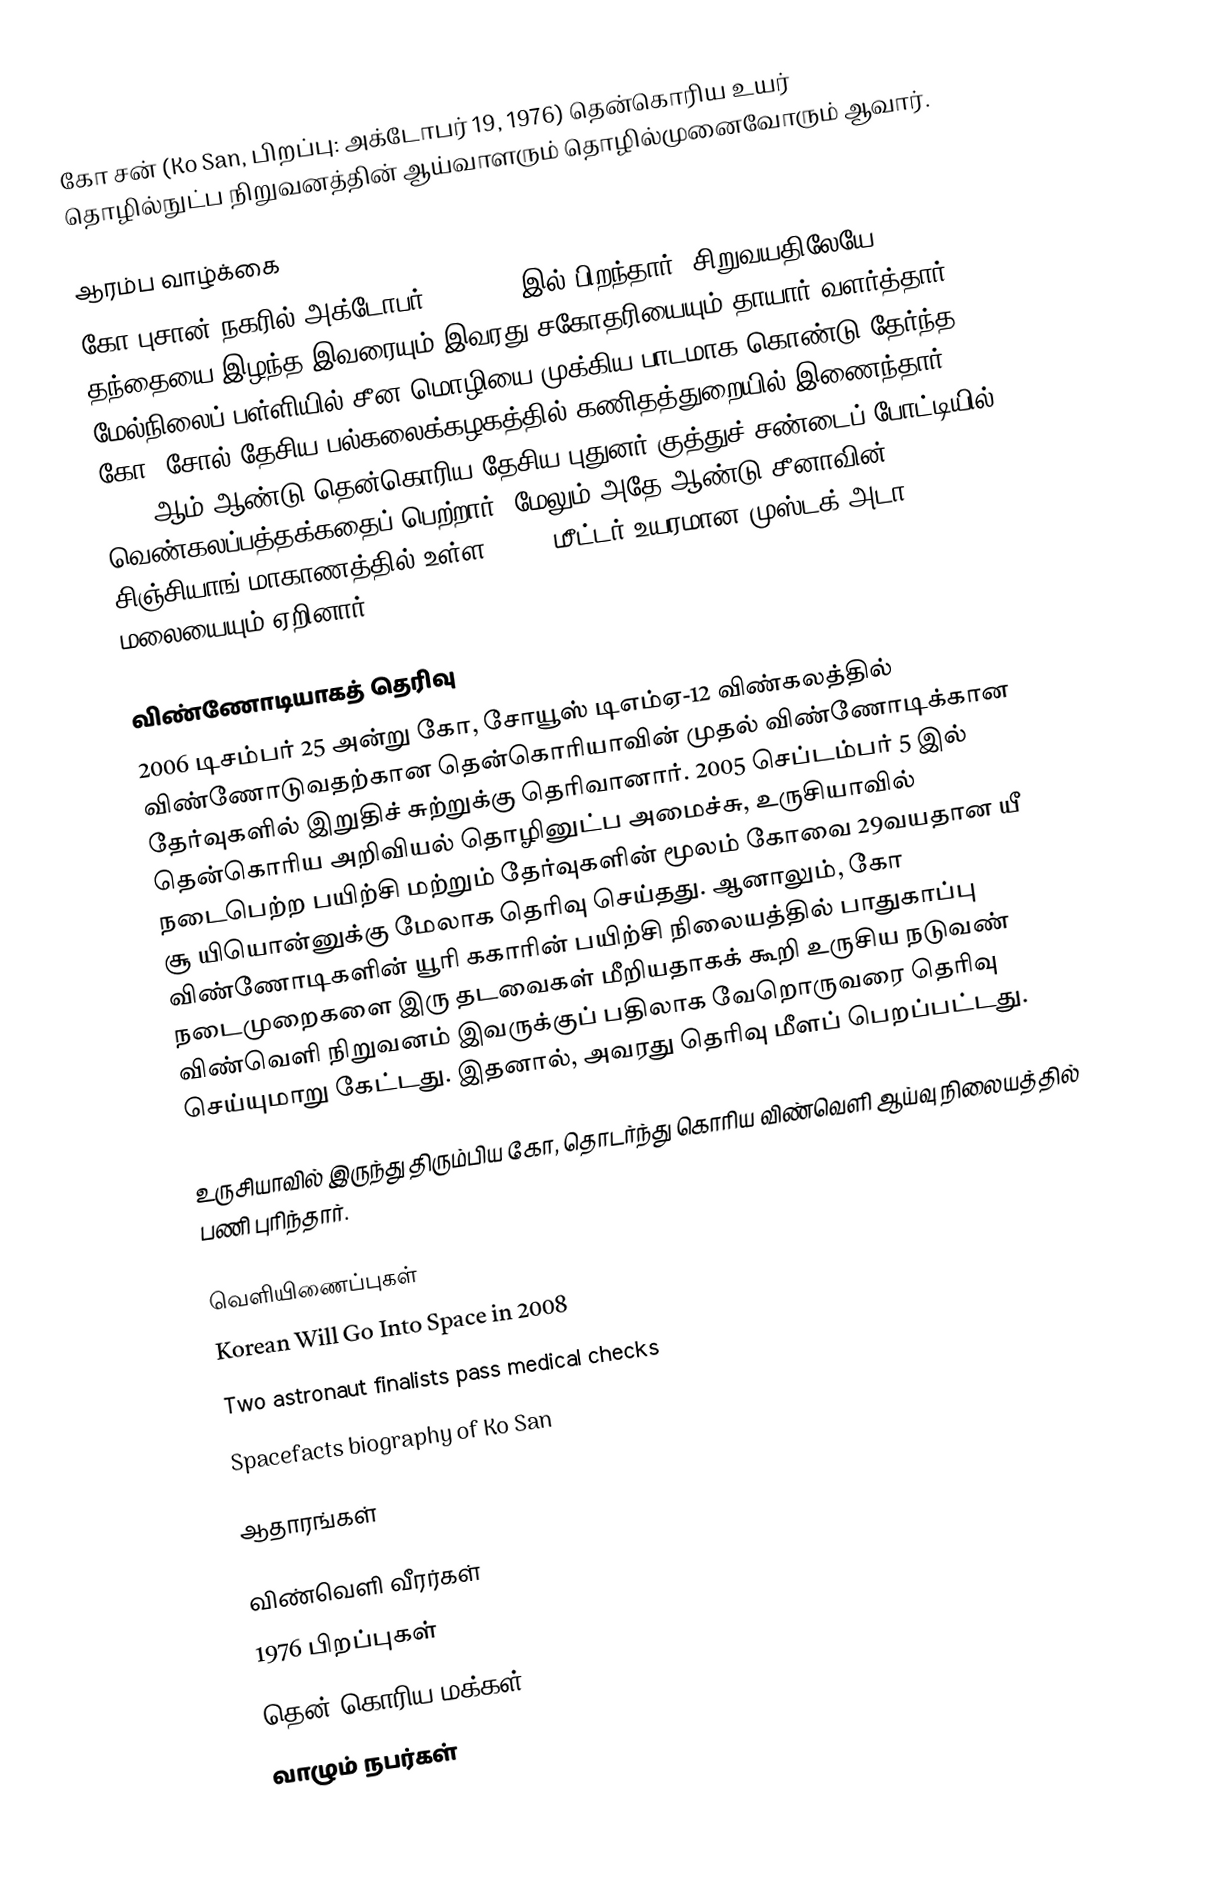
கோ சன் (Ko San, பிறப்பு: அக்டோபர் 19, 1976) தென்கொரிய உயர் தொழில்நுட்ப நிறுவனத்தின் ஆய்வாளரும் தொழில்முனைவோரும் ஆவார்.

ஆரம்ப வாழ்க்கை
கோ புசான் நகரில் அக்டோபர் 19, 1976 இல் பிறந்தார். சிறுவயதிலேயே தந்தையை இழந்த இவரையும் இவரது சகோதரியையும் தாயார் வளர்த்தார். மேல்நிலைப் பள்ளியில் சீன மொழியை முக்கிய பாடமாக கொண்டு தேர்ந்த கோ, சோல் தேசிய பல்கலைக்கழகத்தில் கணிதத்துறையில் இணைந்தார். 2004 ஆம் ஆண்டு தென்கொரிய தேசிய புதுனர் குத்துச் சண்டைப் போட்டியில் வெண்கலப்பத்தக்கதைப் பெற்றார், மேலும் அதே ஆண்டு சீனாவின் சிஞ்சியாங் மாகாணத்தில் உள்ள 7,546 மீட்டர் உயரமான முஸ்டக் அடா மலையையும் ஏறினார்.

விண்ணோடியாகத் தெரிவு
2006 டிசம்பர் 25 அன்று கோ, சோயூஸ் டிஎம்ஏ-12 விண்கலத்தில் விண்ணோடுவதற்கான தென்கொரியாவின் முதல் விண்ணோடிக்கான தேர்வுகளில் இறுதிச் சுற்றுக்கு தெரிவானார். 2005 செப்டம்பர் 5 இல் தென்கொரிய அறிவியல் தொழினுட்ப அமைச்சு, உருசியாவில் நடைபெற்ற பயிற்சி மற்றும் தேர்வுகளின் மூலம் கோவை 29வயதான யீ சூ யியொன்னுக்கு மேலாக தெரிவு செய்தது. ஆனாலும், கோ விண்ணோடிகளின் யூரி ககாரின் பயிற்சி நிலையத்தில் பாதுகாப்பு நடைமுறைகளை இரு தடவைகள் மீறியதாகக் கூறி உருசிய நடுவண் விண்வெளி நிறுவனம் இவருக்குப் பதிலாக வேறொருவரை தெரிவு செய்யுமாறு கேட்டது. இதனால், அவரது தெரிவு மீளப் பெறப்பட்டது.

உருசியாவில் இருந்து திரும்பிய கோ, தொடர்ந்து கொரிய விண்வெளி ஆய்வு நிலையத்தில் பணி புரிந்தார்.

வெளியிணைப்புகள்
Korean Will Go Into Space in 2008
Two astronaut finalists pass medical checks
Spacefacts biography of Ko San

ஆதாரங்கள்

விண்வெளி வீரர்கள்
1976 பிறப்புகள்
தென் கொரிய மக்கள்
வாழும் நபர்கள்